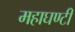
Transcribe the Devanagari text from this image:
महाघण्टी